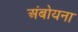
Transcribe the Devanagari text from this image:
अंबोयना